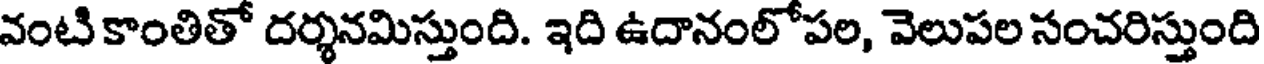
వంటి కాంతితో దర్శనమిస్తుంది. ఇది ఉదానంలోపల, వెలుపల సంచరిస్తుంది